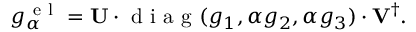
g _ { \alpha } ^ { \mathrm { ~ e ~ l ~ } } = \mathbf { U } \cdot \mathrm { ~ d ~ i ~ a ~ g ~ } ( g _ { 1 } , \alpha g _ { 2 } , \alpha g _ { 3 } ) \cdot \mathbf { V } ^ { \dagger } .